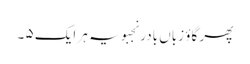
پھر گاؤ زباں بادر نجبویہ ہر ایک ۵ ۔